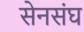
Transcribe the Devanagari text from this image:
सेनसंघ